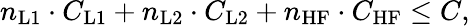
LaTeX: n_{\mathrm{L1}}\cdot C_{\mathrm{L1}}+n_{\mathrm{L2}}\cdot C_{\mathrm{L2}}+n_{\mathrm{HF}}\cdot C_{\mathrm{HF}}\leq C,